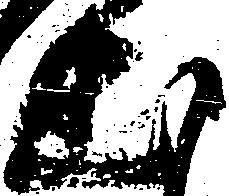
出